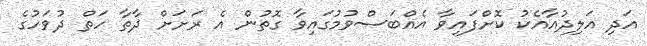
އަދި އަލިދުއާއެކު ކޮށްފައިވާ އެއްބަސްވުމުގައިވާ ގޮތުން އެ ރަށަށް ދާތާ ހަތް ދުވަހުގެ